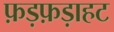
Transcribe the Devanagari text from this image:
फ़ड़फ़ड़ाहट